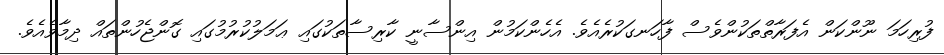
ފުރިހަމަ ނޫންކަން އެފަރާތްތަކުންވެސް ފާހަނގަކުރެއެވެ. އެހެންކަމުން އިންސާނީ ކާރިސާތަކުގައި ޢަމަލުކުރުމުގައި ގޮންޖެހުންތައް ދިމާވެއެވެ.